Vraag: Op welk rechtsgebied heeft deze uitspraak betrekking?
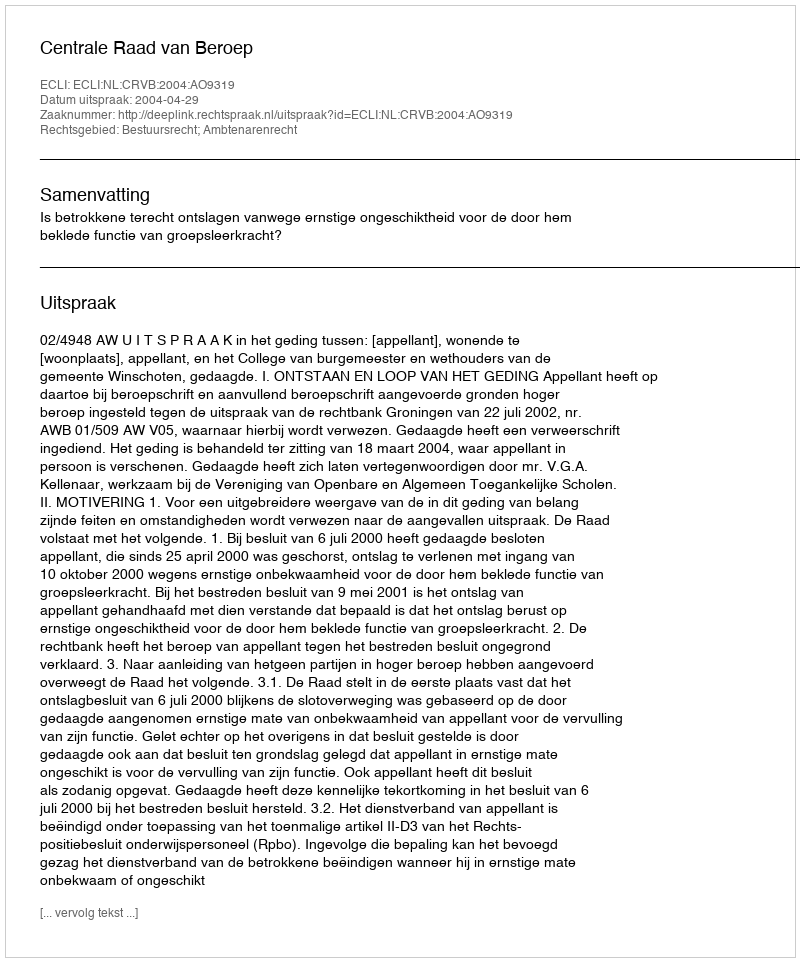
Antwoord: Bestuursrecht; Ambtenarenrecht